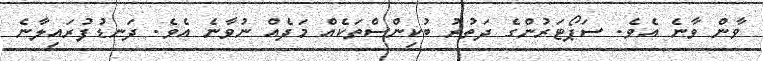
ވާން ވާނެ އެވެ. ސަޕޯޓަރުންގެ ދަތުރު ބުކިންސްތަކެއް މަދެއް ނުވާނެ އެވެ. ދަނޑުފުރައިލާނެ